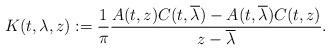
LaTeX: \begin{align*} K(t, \lambda, z) := \frac{1}{\pi} \frac{ A(t,z)C(t,\overline{\lambda}) - A(t, \overline{\lambda}) C(t, z) }{z - \overline{\lambda} }.\end{align*}